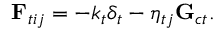
\mathbf { F } _ { t i j } = - k _ { t } \delta _ { t } - \eta _ { t j } \mathbf { G } _ { c t } .